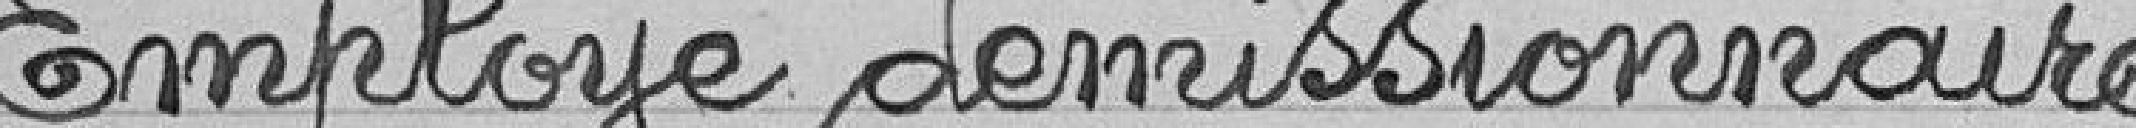
Employé démissionnaire